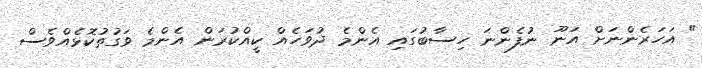
" އަހަރެންނަށް އަނޫ ނުފެންނަ ހިސާބުގައި އެންމެ ދުވަހެއް ކީއްކުރަން އެންމެ ވަގުތުކޮޅެއްވެސް